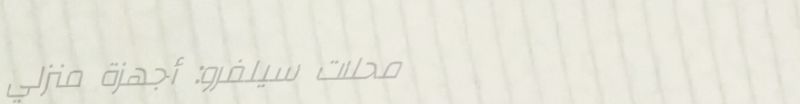
محلات سيلفرو: أجهزة منزلي